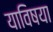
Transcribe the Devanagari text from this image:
याविषया